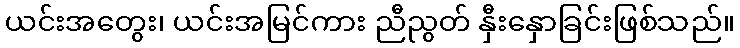
ယင်းအတွေး၊ ယင်းအမြင်ကား ညီညွတ် နှီးနှောခြင်းဖြစ်သည်။